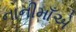
નાનીમાઁએ